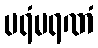
ပရံမရဏံ